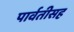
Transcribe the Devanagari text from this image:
पार्वतीसह